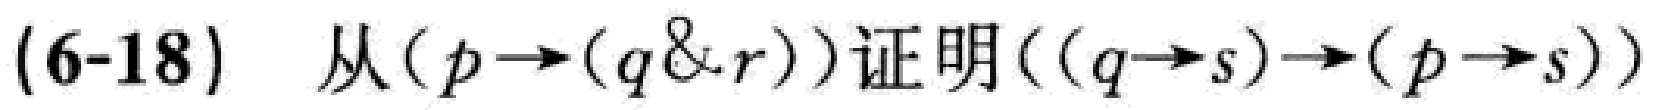
(6-18) 从\((p\rightarrow(q\& r))\)证明\(((q\rightarrow s)\rightarrow(p\rightarrow s))\)